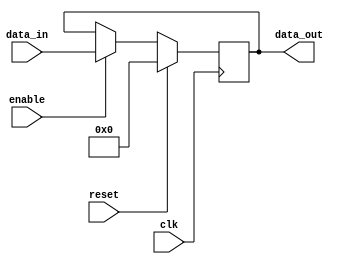
module IO_Block_Buffer (
    input wire clk,
    input wire reset,
    input wire enable,
    input wire [7:0] data_in,
    output reg [7:0] data_out
);

reg [7:0] buffer;

always @(posedge clk) begin
    if (reset) begin
        buffer <= 8'h00;
    end else begin
        if (enable) begin
            buffer <= data_in;
        end
    end
end

assign data_out = buffer;

endmodule